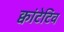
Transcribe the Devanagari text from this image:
क्वांटेटिव